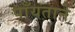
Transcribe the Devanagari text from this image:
पाँयताने